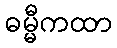
ဓမ္မီကထာ